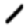
Digit: 1